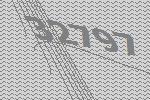
32797